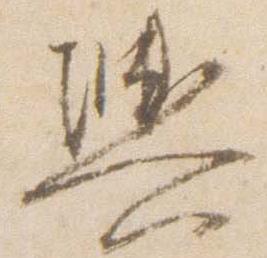
輿